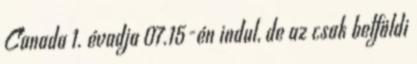
Canada 1. évadja 07.15-én indul, de az csak belföldi